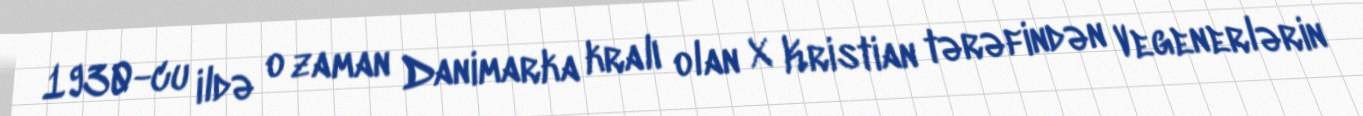
1930-cu ildə o zaman Danimarka kralı olan X Kristian tərəfindən Vegenerlərin